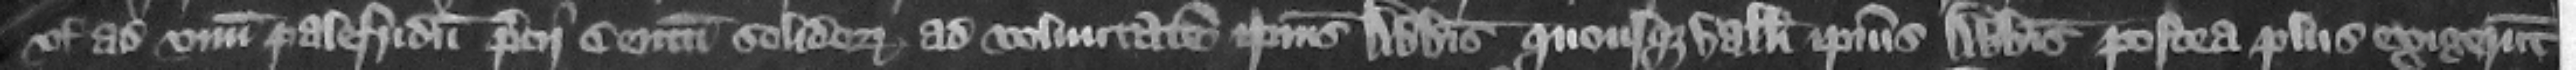
vel ad vnum palefridum precii centum solidorum ad voluntatem ipsius abbatis quousque balliui ipsius abbatis postea plus exigerunt